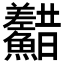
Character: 𩽫